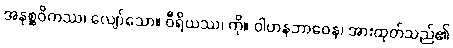
အနုစ္ဆဝိကဿ၊ လျော်သော။ ဝီရိယဿ၊ ကို။ ဝါဟနဘာဝေန၊ အားထုတ်သည်၏